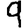
Digit: 9